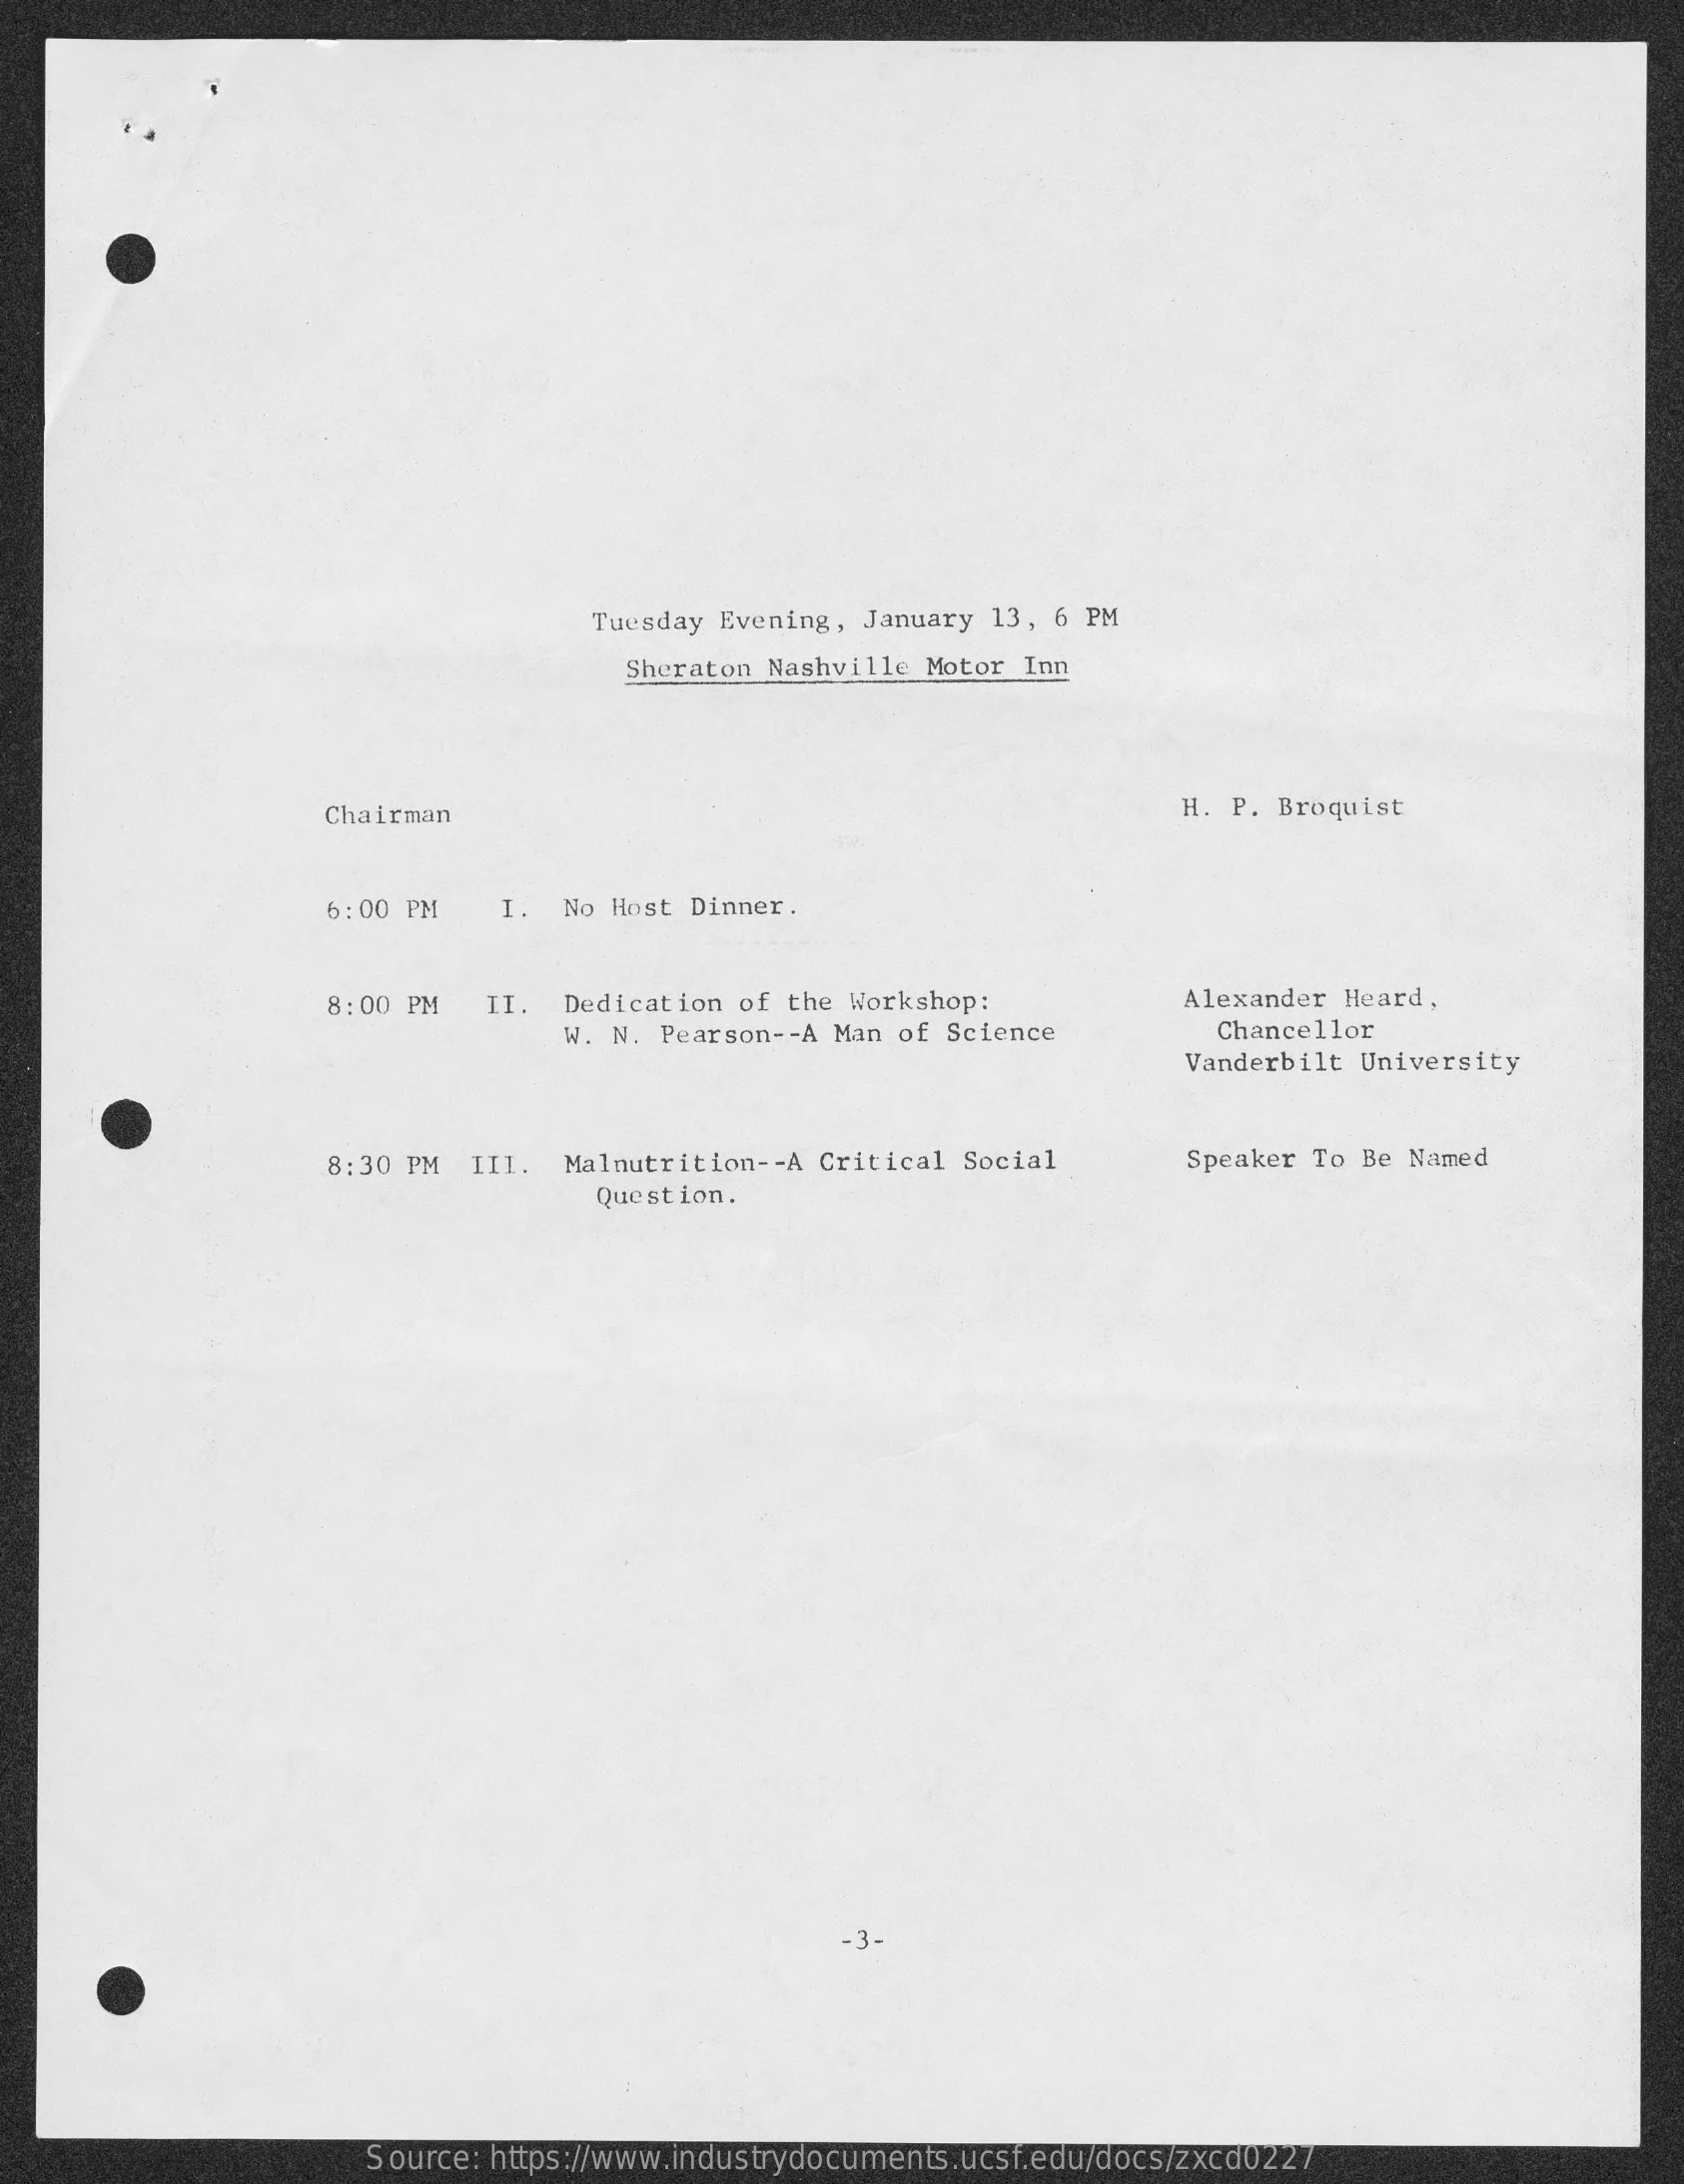
Tuesday Evening, January 13, 6 PM
     Sheraton Nashville Motor Inn
     Chairman    H. P. Broquist
     6:00 PM    I. No Host Dinner.
     8:00 PM  II.  Dedication of the Workshop:    Alexander Heard.
     W. N. Pearson -- A Man of Science    Chancellor
     Vanderbilt University
     8:30 PM III.  Malnutrition -- A Critical Social    Speaker To Be Named
     Question.
     - 3-
     Source: https://www.industrydocuments.ucsf.edu/docs/zxcd0227